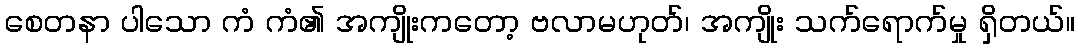
စေတနာ ပါသော ကံ ကံ၏ အကျိုးကတော့ ဗလာမဟုတ်၊ အကျိုး သက်ရောက်မှု ရှိတယ်။